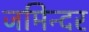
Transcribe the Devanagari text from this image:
जमिन्दर